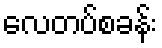
လေတပ်စခန်း